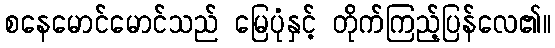
စနေမောင်မောင်သည် မြေပုံနှင့် တိုက်ကြည့်ပြန်လေ၏။